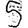
Digit: 5